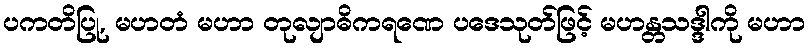
ပကတိပြု, မဟတံ မဟာ တုလျာဓိကရဏေ ပဒေသုတ်ဖြင့် မဟန္တသဒ္ဒါကို မဟာ